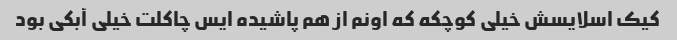
کیک اسلایسش خیلی کوچکه که اونم از هم پاشیده ایس چاکلت خیلی آبکی بود